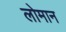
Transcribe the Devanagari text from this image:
लोमान